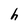
Character: h